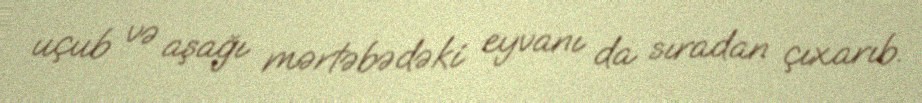
uçub və aşağı mərtəbədəki eyvanı da sıradan çıxarıb.